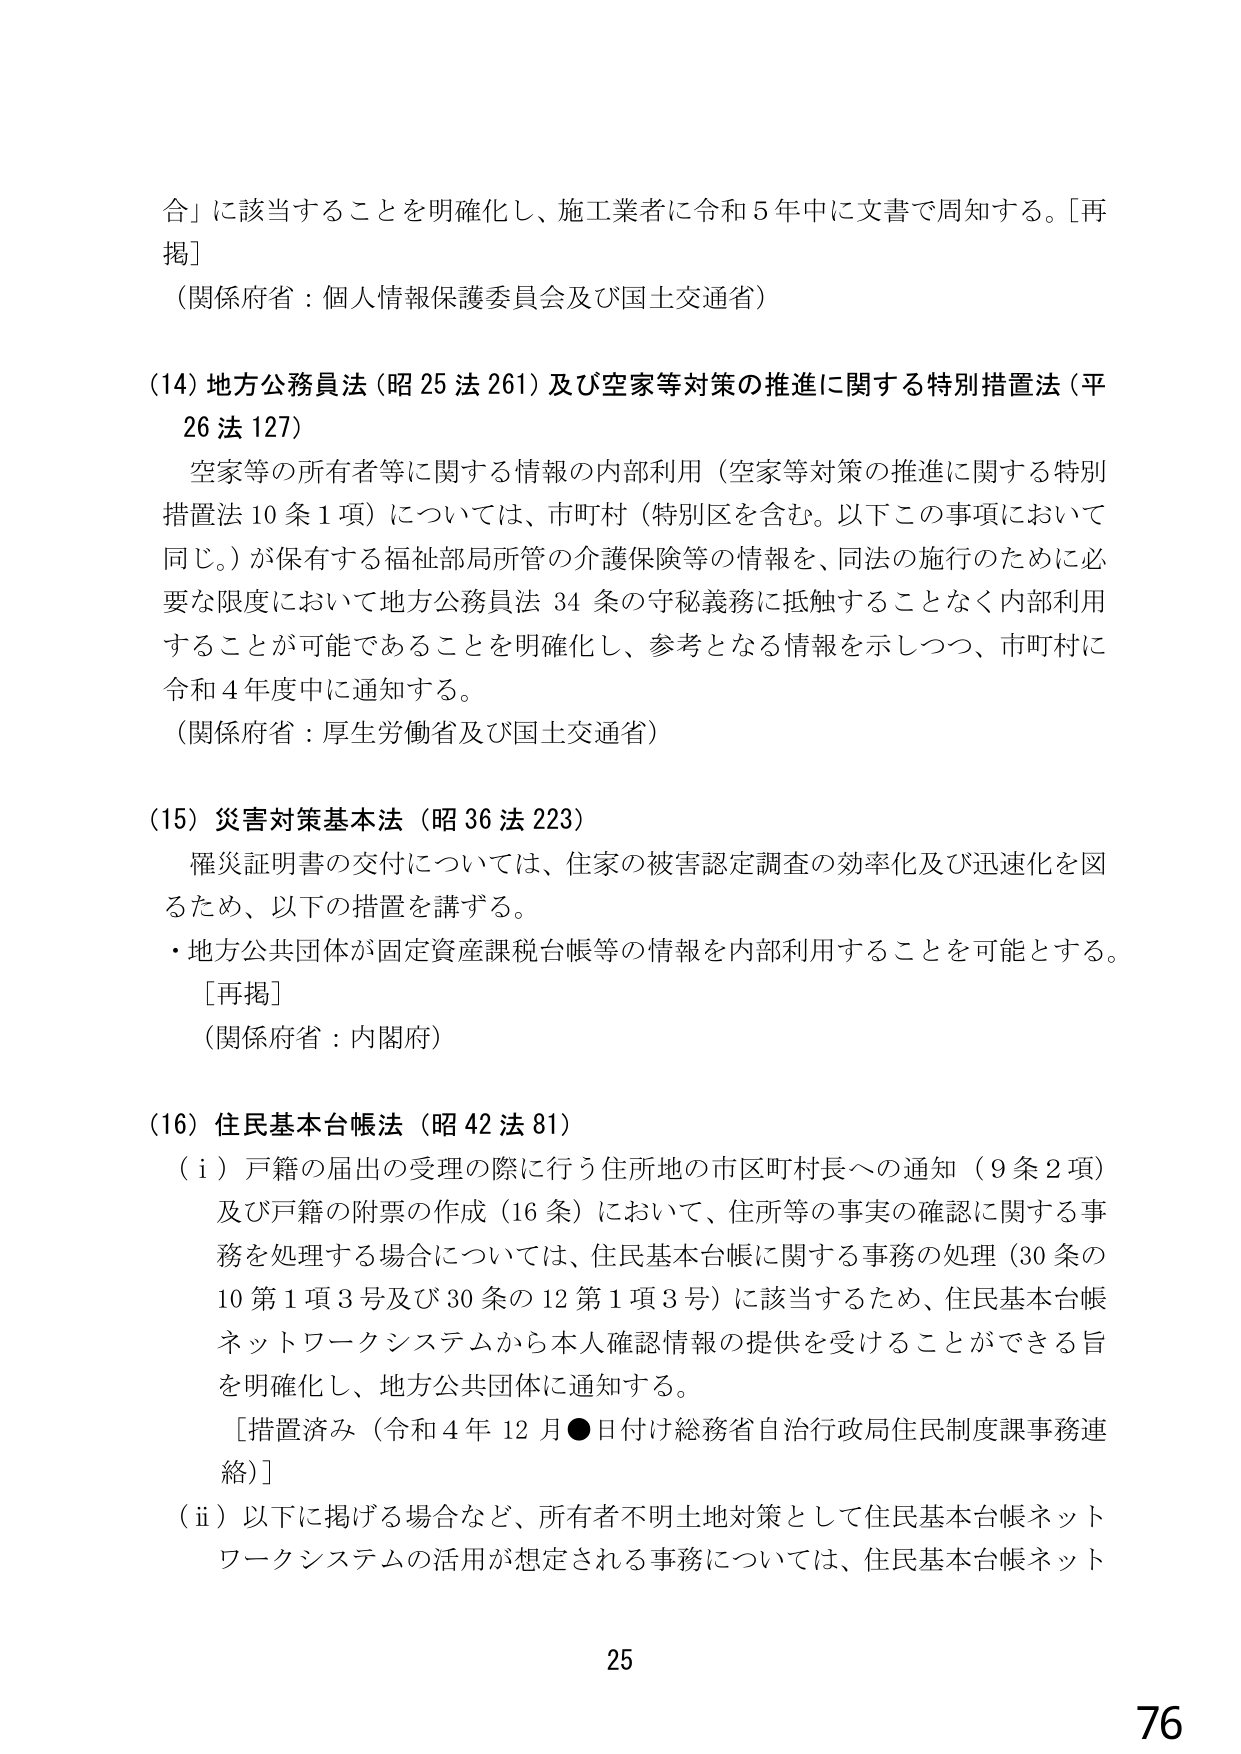
合」に該当することを明確化し、施工業者に令和５年中に文書で周知する。［再掲］
（関係府省：個人情報保護委員会及び国土交通省）

（14）地方公務員法（昭25法261）及び空家等対策の推進に関する特別措置法（平26法127）
　空家等の所有者等に関する情報の内部利用（空家等対策の推進に関する特別措置法10条1項）については、市町村（特別区を含む。以下この事項において同じ。）が保有する福祉部局所管の介護保険等の情報を、同法の施行のために必要な限度において地方公務員法34条の守秘義務に抵触することなく内部利用することが可能であることを明確化し、参考となる情報を示しつつ、市町村に令和4年度中に通知する。
（関係府省：厚生労働省及び国土交通省）

（15）災害対策基本法（昭36法223）
　罹災証明書の交付については、住家の被害認定調査の効率化及び迅速化を図るため、以下の措置を講ずる。
・地方公共団体が固定資産課税台帳等の情報を内部利用することを可能とする。
　［再掲］
（関係府省：内閣府）

（16）住民基本台帳法（昭42法81）
（ⅰ）戸籍の届出の受領の際に行う住所地の市区町村長への通知（9条2項）及び戸籍の附票の作成（16条）において、住所等の事実の確認に関する事務を処理する場合については、住民基本台帳に関する事務の処理（30条の10第1項3号及び30条の12第1項3号）に該当するため、住民基本台帳ネットワークシステムから本人確認情報の提供を受けることができる旨を明確化し、地方公共団体に通知する。
　［措置済み（令和4年12月●日付け総務省自治行政局住民制度課事務連絡）］
（ⅱ）以下に掲げる場合など、所有者不明土地対策として住民基本台帳ネットワークシステムの活用が想定される事務については、住民基本台帳ネット

25
76